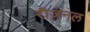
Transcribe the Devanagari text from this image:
रीज़नल